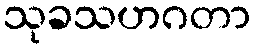
သုခသဟဂတာ